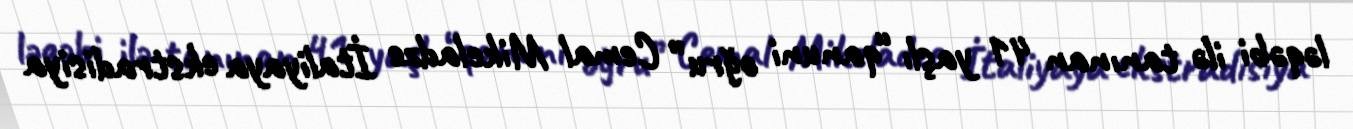
ləqəbi ilə tanınan 41 yaşlı “qanuni oğru” Cemal Mikeladze İtaliyaya ekstradisiya